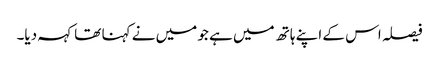
فیصلہ اس کے اپنے ہاتھ میں ہے جو میں نے کہنا تھا کہہ دیا۔